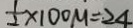
\frac { 1 } { 2 } \times 1 0 0 M = . 2 4